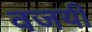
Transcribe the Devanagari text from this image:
वजयी